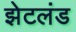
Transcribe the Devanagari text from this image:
झेटलंड